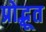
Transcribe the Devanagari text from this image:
प्रोद्भूत